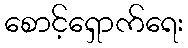
စောင့်ရှောက်ရေး